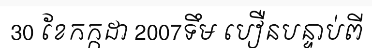
30 ខែកក្កដា 2007ទឹម បឿនបន្ទាប់ពី